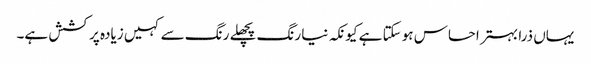
یہاں ذرا بہتر احساس ہو سکتا ہے کیونکہ نیا رنگ پچھلے رنگ سے کہیں زیادہ پرکشش ہے۔